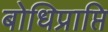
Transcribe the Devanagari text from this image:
बोधिप्राप्ति